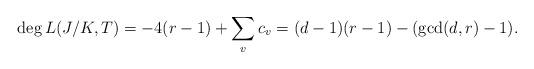
LaTeX: \begin{align*}\deg L(J/K,T)=-4(r-1)+\sum_v c_v=(d-1)(r-1)-(\gcd(d,r)-1).\end{align*}